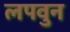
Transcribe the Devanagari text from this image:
लपवुन